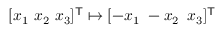
[ x _ { 1 } \, \, x _ { 2 } \, \, x _ { 3 } ] ^ { \mathsf { T } } \mapsto [ - x _ { 1 } \, \, - x _ { 2 } \, \, \, x _ { 3 } ] ^ { \mathsf { T } }